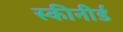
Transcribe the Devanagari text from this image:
स्कीनीर्ड